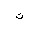
Letter: _ta